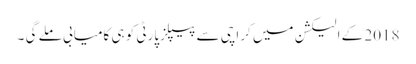
2018 کے الیکشن میں کراچی سے پیپلزپارٹی کو ہی کامیابی ملے گی ۔